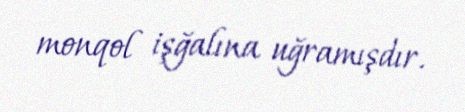
monqol işğalına uğramışdır.